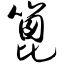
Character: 篦